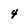
Character: 4